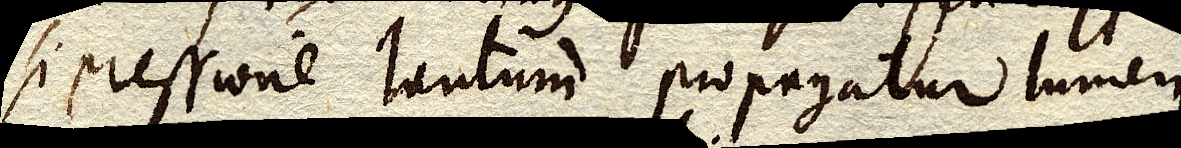
si pressione tantum propagatur lumen